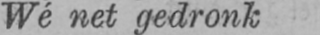
Wé net gedronk